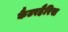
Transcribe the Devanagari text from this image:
कैटरहैरिस